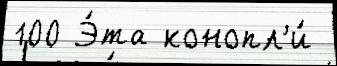
100 Э́та конопл'и́